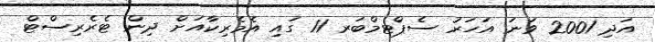
އަދި 2001 ވަނަ އަހަރު ސެޕްޓމްބަރ 11 ގައި އެމެރިކާއަށް ދިން ޓެރެރިސްޓް